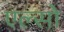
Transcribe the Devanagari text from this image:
एल्सो